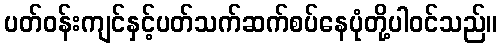
ပတ်ဝန်းကျင်နှင့်ပတ်သက်ဆက်စပ်နေပုံတို့ပါဝင်သည်။